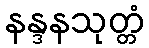
နန္ဒနသုတ္တံ